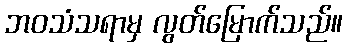
ဘဝသံသရာမှ လွတ်မြောက်သည်။